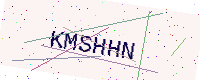
Text: KMSHHN